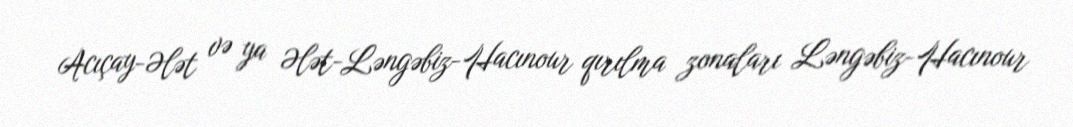
Acıçay-Ələt və ya Ələt-Ləngəbiz-Hacınour qırılma zonaları Ləngəbiz-Hacınour